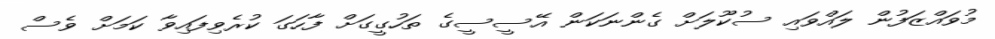
މުވައްޒަފުން ލައްވައި ސުކޫލަށް ގެންނަކަން އޭސީސީގެ ތަހުގީގަށް ފާހަގަ ކުރެވިފައިވާ ކަމަށް ވެސް